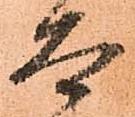
太